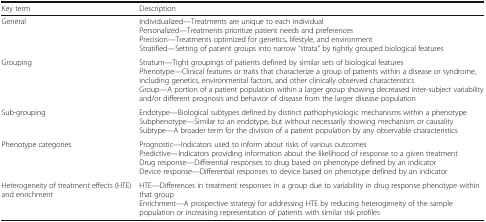
<table><thead><tr><td><b>Key term</b></td><td><b>Description</b></td></tr></thead><tbody><tr><td>General</td><td>Individualized—Treatments are unique to each individualPersonalized—Treatments prioritize patient needs and preferencesPrecision—Treatments optimized for genetics, lifestyle, and environmentStratified—Setting of patient groups into narrow “strata” by tightly grouped biological features</td></tr><tr><td>Grouping</td><td>Stratum—Tight groupings of patients defined by similar sets of biological featuresPhenotype—Clinical features or traits that characterize a group of patients within a disease or syndrome, including genetics, environmental factors, and other clinically observed characteristicsGroup—A portion of a patient population within a larger group showing decreased inter-subject variability and/or different prognosis and behavior of disease from the larger disease population</td></tr><tr><td>Sub-grouping</td><td>Endotype—Biological subtypes defined by distinct pathophysiologic mechanisms within a phenotypeSubphenotype—Similar to an endotype, but without necessarily showing mechanism or causalitySubtype—A broader term for the division of a patient population by any observable characteristics</td></tr><tr><td>Phenotype categories</td><td>Prognostic—Indicators used to inform about risks of various outcomesPredictive—Indicators providing information about the likelihood of response to a given treatmentDrug response—Differential responses to drug based on phenotype defined by an indicatorDevice response—Differential responses to device based on phenotype defined by an indicator</td></tr><tr><td>Heterogeneity of treatment effects (HTE) and enrichment</td><td>HTE—Differences in treatment responses in a group due to variability in drug response phenotype within that groupEnrichment—A prospective strategy for addressing HTE by reducing heterogeneity of the sample population or increasing representation of patients with similar risk profiles</td></tr></tbody></table>